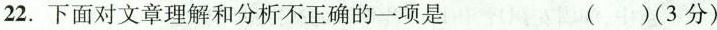
22.下面对文章理解和分析不正确的一项是 ( )(3分)